Indian journal of veterinary science and animal husbandry - Volume 14,
Year: 1944
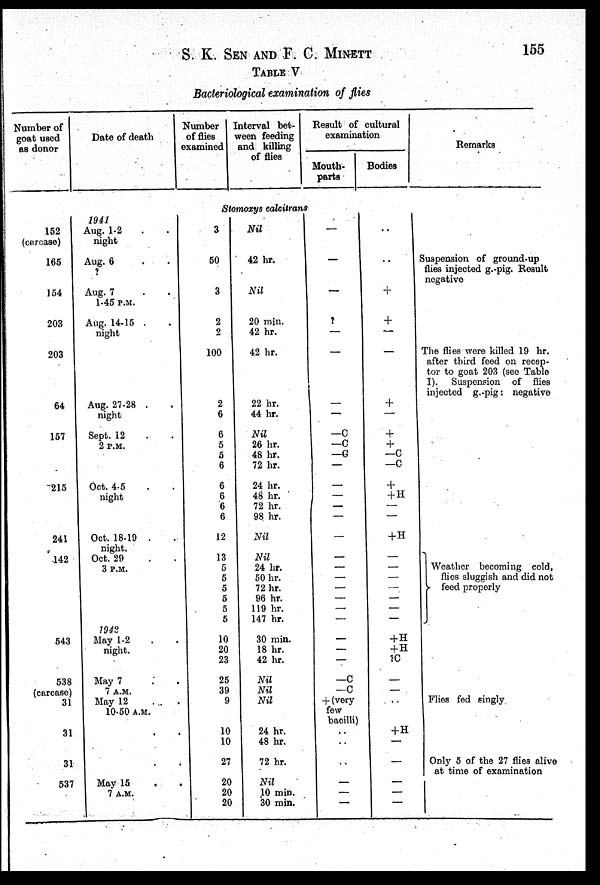
S. K. SEN AND F. C.
MINETT
155
TABLE V
Bacteriological examination of flies
Number of
goat used
as donor
Date of death
Number
of flies
examined
Interval bet-
ween feeding
and killing
of flies
Result of cultural
examination
Mouth-
parts
Bodies
Remarks
Stomoxys calcitrans
152
(carcase)
165
154
203
203
64
157
215
241
142
543
538
(carcase)
31
31
31
537
1941
Aug. 1-2 . .
night
Aug. 6 . .
?
Aug. 7 . .
1-45 P.M.
Aug. 14-15 . .
night
Aug. 27-28 . .
night
Sept. 12 . .
2 P.M.
Oct. 4-5 . .
night
Oct. 18-19 . .
night.
Oct. 29 . .
3 P.M.
1942
May 1-2 . .
night.
May 7 . .
7 A.M.
May 12 . .
10-50 A.M.
. .
. .
May 15 . .
7 A.M.
3
50
3
2
2
100
2
6
6
5
5
6
6
6
6
6
12
13
5
5
5
5
5
5
10
20
23
25
39
9
10
10
27
20
20
20
Nil
42 hr.
Nil
20 min.
42 hr.
42 hr.
22 hr.
44 hr.
Nil
26 hr.
48 hr.
72 hr.
24 hr.
48 hr.
72 hr.
98 hr.
Nil
Nil
24 hr.
50 hr.
72 hr.
96 hr.
119 hr.
147 hr.
30 min.
18 hr.
42 hr.
Nil
Nil
Nil
24 hr.
48 hr.
72 hr.
Nil
10 min.
30 min.
—
—
—
?
—
—
—
—
—C
—C
—G
—
—
—
—
—
—
—
—
—
—
—
—
—
—
—
—
—C
—C
+ (very
few
bacilli)
. .
. .
..
—
—
—
. .
. .
+
+
—
—
+
—
+
+
—C
—C
+
+H
—
—
+H
—
—
—
—
—
—
—
+ H
+ H
?C
—
—
. .
+H
—
—
—
—
—
Suspension of ground-up
flies injected g. pig. Result
negative
The flies were killed 19 hr.
after third feed on recep-
tor to goat 203 (see Table
I). Suspension of flies
injected g.-pig: negative
Weather becoming cold,
flies sluggish and did not
feed properly
Flies fed singly
Only 5 of the 27 flies alive
at time of examination